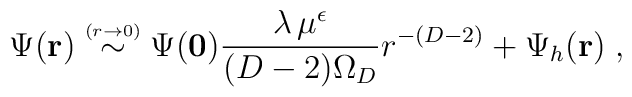
\Psi ({\bf r})\stackrel{\scriptscriptstyle(r \rightarrow 0)}{\sim}\Psi ({\bf 0})\frac{\lambda \, \mu^{\epsilon} }{ (D-2) \Omega_{D} }  r^{-(D-2)}+ \Psi_{h} ({\bf r})\; ,